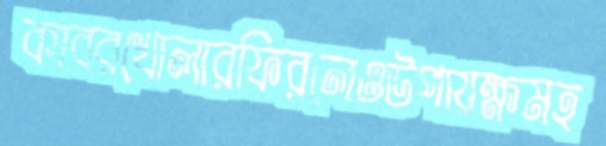
কাবরখোলারফিরলেওউপায়ক্ষমহ